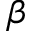
\beta